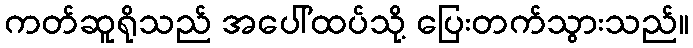
ကတ်ဆူရိုသည် အပေါ်ထပ်သို့ ပြေးတက်သွားသည်။